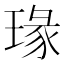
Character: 瑑